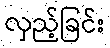
လှည့်ခြင်း